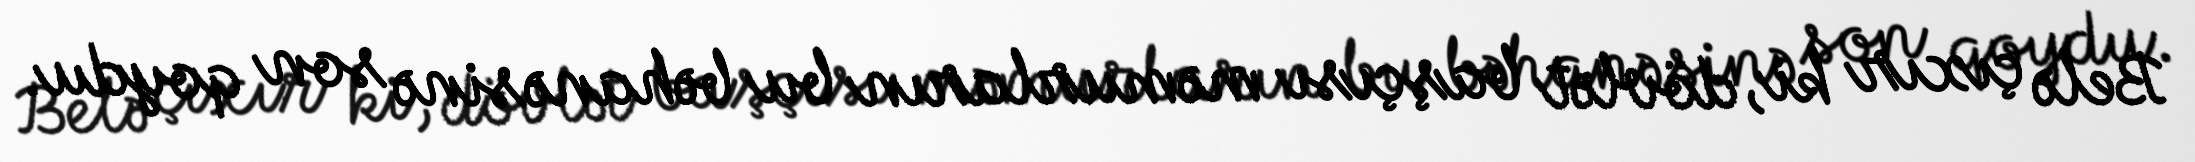
Belə çıxır ki, dövlət başçısı məmurların bu bəhanəsinə son qoydu.